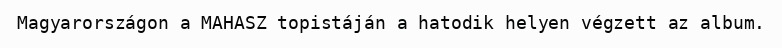
Magyarországon a MAHASZ topistáján a hatodik helyen végzett az album.